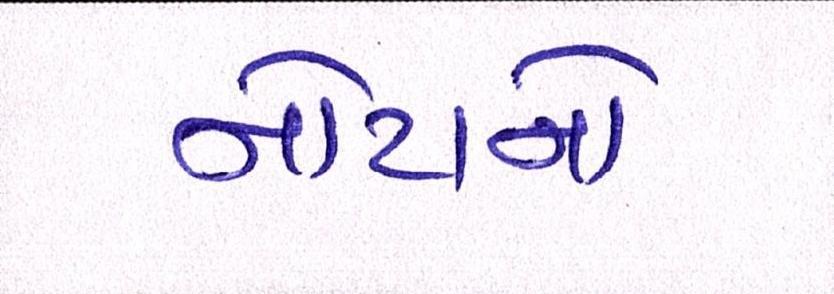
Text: નોટાનો